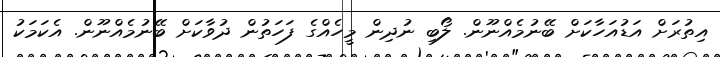
އިތުރަށް އަޑުއަހާކަށް ބޭނުމެއްނޫން. ލޯބި ނުދިން މީހެއްގެ ފަހަތުން ދުވާކަށް ބޭނުމެއްނޫން. އެކަމަކު